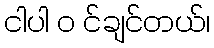
ငါပါ ၀ င်ချင်တယ်၊